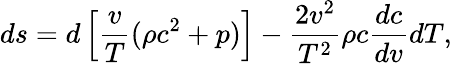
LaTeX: ds=d\left[{\frac{v}{T}}(\rho c^{2}+p)\right]-{\frac{2v^{2}}{T^{2}}}\rho c{\frac{dc}{dv}}dT,